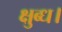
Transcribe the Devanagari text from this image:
क्षुब्ध।